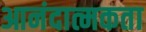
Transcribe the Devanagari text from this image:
आनंदात्मकता